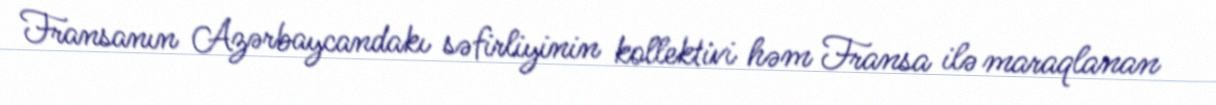
Fransanın Azərbaycandakı səfirliyinin kollektivi həm Fransa ilə maraqlanan